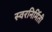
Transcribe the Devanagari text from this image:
स्वरनिर्मिती